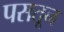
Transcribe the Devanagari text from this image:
पसतून